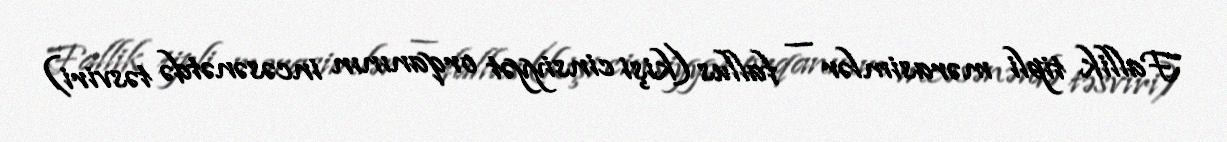
Fallik tipli mərasimlər — fallus (kişi cinsiyyət orqanının incəsənətdə təsviri)